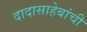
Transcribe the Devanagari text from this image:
दादासाहेबांची